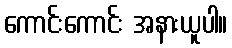
ကောင်းကောင်း အနားယူပါ။